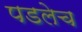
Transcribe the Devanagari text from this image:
पडलेच